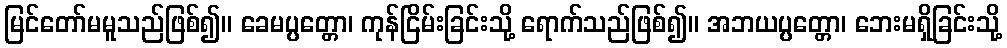
မြင်တော်မမူသည်ဖြစ်၍။ ခေမပ္ပတ္တော၊ ကုန်ငြိမ်းခြင်းသို့ ရောက်သည်ဖြစ်၍။ အဘယပ္ပတ္တော၊ ဘေးမရှိခြင်းသို့